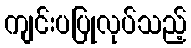
ကျင်းပပြုလုပ်သည့်